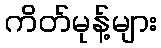
ကိတ်မုန့်များ